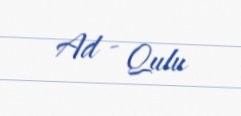
Ad - Qulu